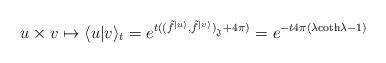
LaTeX: \begin{align*}u \times v \mapsto \langle u|v\rangle_t = e^{t((\tilde{f}^{|u\rangle},\tilde{f}^{|v\rangle})_{{}_{\mathfrak{J}}} + 4\pi)}=e^{-t4\pi(\lambda \textrm{coth}\lambda -1)}\end{align*}